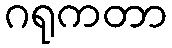
ဂရုကတာ